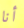
أنا